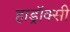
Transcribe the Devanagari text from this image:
हाड्रॉक्सी